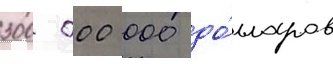
300 000 000 до́лларов